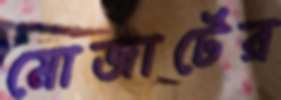
মোজার্টের